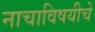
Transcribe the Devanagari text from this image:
नाचाविषयीचे